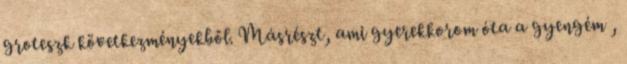
groteszk következményekből. Másrészt, ami gyerekkorom óta a gyengém ,